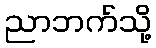
ညာဘက်သို့